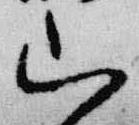
山